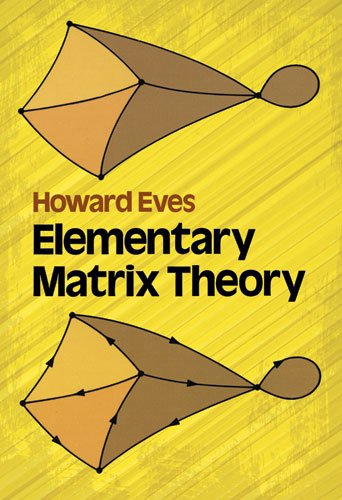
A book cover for Elementary Matrix Theory (Dover Books on Mathematics); Howard Eves; Science & Math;